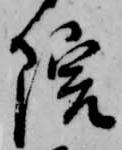
院